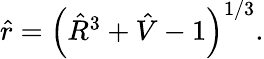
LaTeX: \begin{array}{r}{\hat{r}=\left(\hat{R}^{3}+\hat{V}-1\right)^{1/3}.}\end{array}